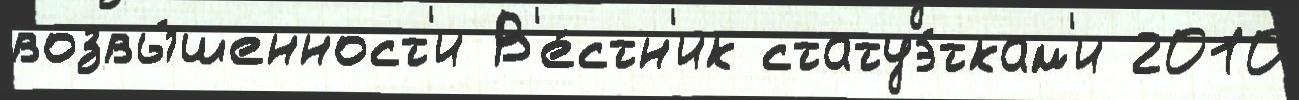
возвы́шенност'и В'е́стн'ик статуэ́ткам'и 2010